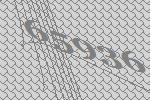
65936